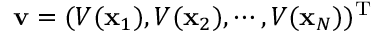
\mathbf { v } = ( V ( \mathbf { x } _ { 1 } ) , V ( \mathbf { x } _ { 2 } ) , \cdots , V ( \mathbf { x } _ { N } ) ) ^ { \mathrm { T } }